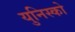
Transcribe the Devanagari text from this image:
युनिस्को